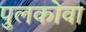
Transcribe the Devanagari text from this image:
पुलकोवा